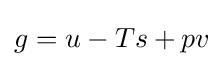
g=u-Ts+pv